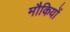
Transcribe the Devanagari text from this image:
मौकियों